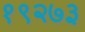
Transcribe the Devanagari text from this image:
१९२७३